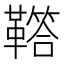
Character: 𩍈